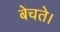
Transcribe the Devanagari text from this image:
बेचते।